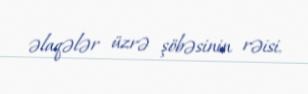
əlaqələr üzrə şöbəsinin rəisi.